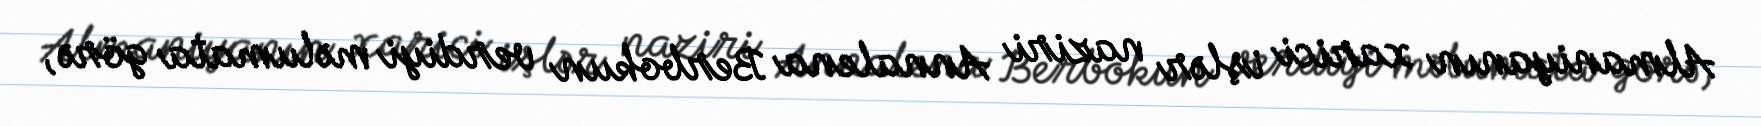
Almaniyanın xarici işlər naziri Annalena Berbokun verdiyi məlumata görə,